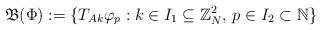
LaTeX: \begin{align*}\mathfrak{B}(\Phi) := \{ T_{Ak} \varphi_{p}: k \in I_1 \subseteq {\mathbb{Z}}^2_N ,\, p \in I_2 \subset \mathbb{N} \} \end{align*}